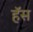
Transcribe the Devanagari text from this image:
हॅस